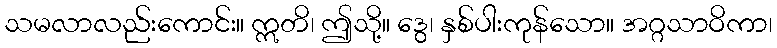
သမလာလည်းကောင်း။ ဣတိ၊ ဤသို့။ ဒွေ၊ နှစ်ပါးကုန်သော။ အဂ္ဂသာဝိကာ၊